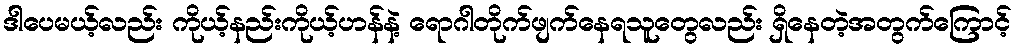
ဒါပေမယ့်လည်း ကိုယ့်နည်းကိုယ့်ဟန်နဲ့ ရောဂါတိုက်ဖျက်နေရသူတွေလည်း ရှိနေတဲ့အတွက်ကြောင့်